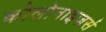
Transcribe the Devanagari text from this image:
कोलोनाइज़र्स